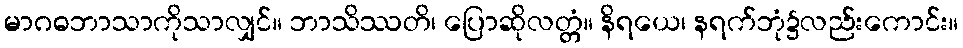
မာဂဓဘာသာကိုသာလျှင်။ ဘာသိဿတိ၊ ပြောဆိုလတ္တံ။ နိရယေ၊ နရက်ဘုံ၌လည်းကောင်း။